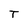
Character: T